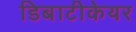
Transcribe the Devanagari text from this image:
डिबाटीकेयर